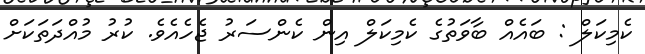
ކެމިކަލް : ބައެއް ބާވަތުގެ ކެމިކަލް އިން ކެންސަރު ޖެހެއެވެ. ކުރު މުއްދަތަކަށް